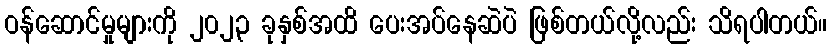
ဝန်ဆောင်မှုများကို ၂၀၂၃ ခုနှစ်အထိ ပေးအပ်နေဆဲပဲ ဖြစ်တယ်လို့လည်း သိရပါတယ်။